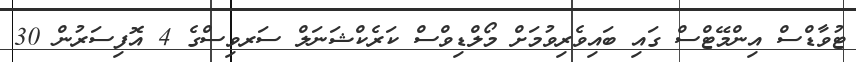
ޓުވާޑްސް އިންމޭޓްސް ގައި ބައިވެރިވުމަށް މޯލްޑިވްސް ކަރެކްޝަނަލް ސަރވިސްގެ 4 އޮފިސަރުން 30